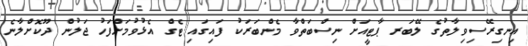
އިނގިރޭސިވިލާތުގެ ލޭބަރ ޕާޓީއަށް ނިސްބަތްވާ މެންބަރަކު ފައިގައި ޓެގް އެޅުވުމަށްފަހު ޖަލުން ދޫކޮށްލާނެ